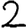
Digit: 2